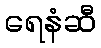
ရေနံဆီ